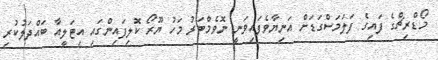
މޯޑްރިޗްގެ ފައިގެ ފަލަމަސްގަޑަށް އަނިޔާވެފައިވަނީ ނޮވެމްބަރު މަހު ޔޫރޯ ކޮލިފައިންގައި އިޓަލީއާ ބައްދަލުކުރި